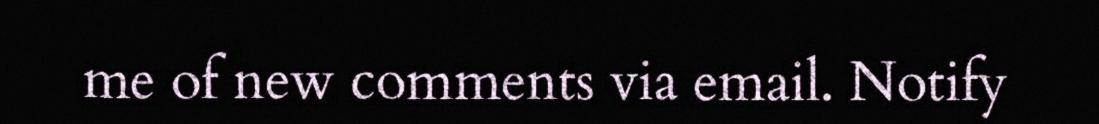
me of new comments via email. Notify